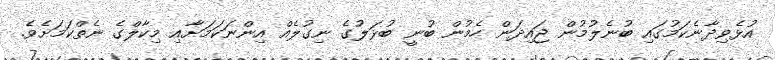
އުޅެވިދާނެކަމުގައި ބުނެލުމުން ޖައިދަން ހެމުން ބުނީ ބުޅަލުގެ ނިގުލެއް އިންނަކަމަށާއި މިކާލްގެ ނެތްކަމަށެވެ.